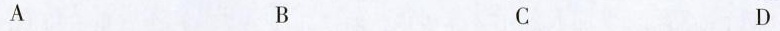
A B C D